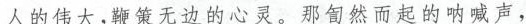
人的伟大，鞭策无边的心灵。那訇然而起的呐喊声，